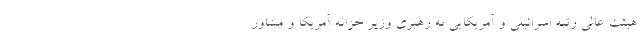
هیئت عالی رتبه اسرائیلی و آمریکایی به رهبری وزیر خزانه آمریکا و مشاور